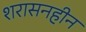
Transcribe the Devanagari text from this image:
शरासनहीन